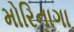
મોરિનાગા